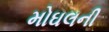
મોઘલની